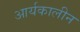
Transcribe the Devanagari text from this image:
आर्यकालीन